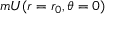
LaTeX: m { \cal { { U } ( r = r _ { 0 } , \theta = 0 ) } }